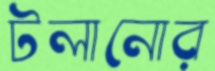
টলানোর